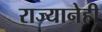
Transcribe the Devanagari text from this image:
राज्यानेही